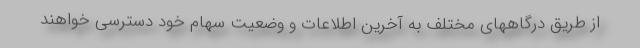
از طریق درگاههای مختلف به آخرین اطلاعات و وضعیت سهام خود دسترسی خواهند